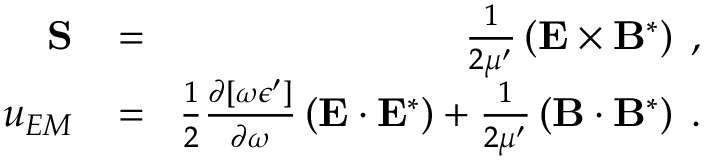
\begin{array} { r l r } { { \bf S } \! } & { { } = } & { \! \frac { 1 } { 2 \mu ^ { \prime } } \left( { \bf E } \times { \bf B } ^ { \ast } \right) \; , } \\ { u _ { E M } \! } & { { } = } & { \! \frac { 1 } { 2 } \frac { \partial [ \omega \epsilon ^ { \prime } ] } { \partial \omega } \left( { \bf { E } } \cdot { \bf { E } } ^ { * } \right) + \frac { 1 } { 2 \mu ^ { \prime } } \left( { \bf { B } } \cdot { \bf { B } } ^ { * } \right) \; . } \end{array}